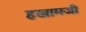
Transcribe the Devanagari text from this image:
हखामजी